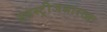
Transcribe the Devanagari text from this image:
इंडस्ट्रीजसारख्या